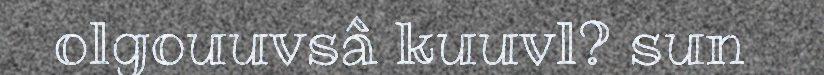
olgouuvsâ kuuvl? sun